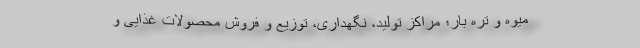
میوه و تره بار؛ مراکز تولید، نگهداری، توزیع و فروش محصولات غذایی و